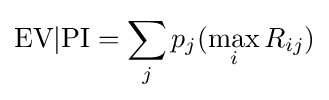
{\mbox{EV}}|{\mbox{PI}}=\sum _{j}p_{j}(\max _{i}R_{ij})